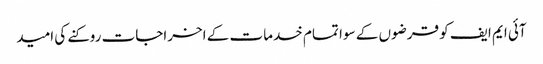
آئی ایم ایف کو قرضوں کے سوا تمام خدمات کے اخراجات روکنے کی امید